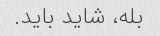
بله، شاید باید.